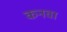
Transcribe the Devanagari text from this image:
कनवा